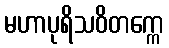
မဟာပုရိသဝိတက္ကေ